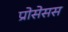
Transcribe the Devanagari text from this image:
प्रोसेसस